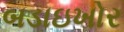
બડાઇખોર